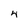
Character: 4